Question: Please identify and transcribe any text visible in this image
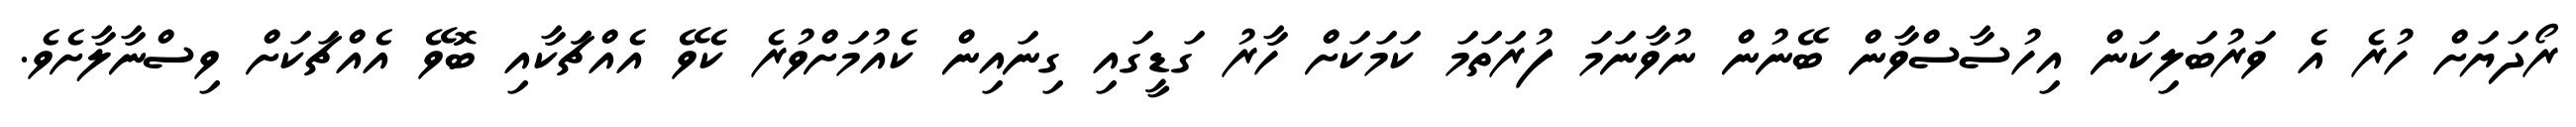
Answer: ރޯދަޔަށް ހުރެ އެ ވަރުބަލިކަން އިހުސާސްވާން ބޭނުން ނުވާނަމަ ފުރަތަމަ ކަމަކަށް ހާރު ގަޑީގައި ގިނައިން ކެއުމަށްވުރެ ކެވޭ އެއްޗަަކާއި ބޮވޭ އެއްޗަކަށް ވިސްނާލާށެވެ.